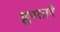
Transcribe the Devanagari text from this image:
ध्रुवतारे